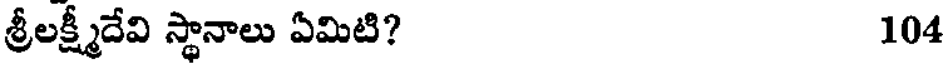
శ్రీలక్ష్మీదేవి స్థానాలు ఏమిటి? 104